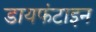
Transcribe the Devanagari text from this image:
डायफंटाइन